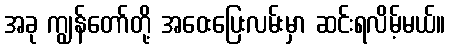
အခု ကျွန်တော်တို့ အဝေးပြေးလမ်းမှာ ဆင်းရလိမ့်မယ်။